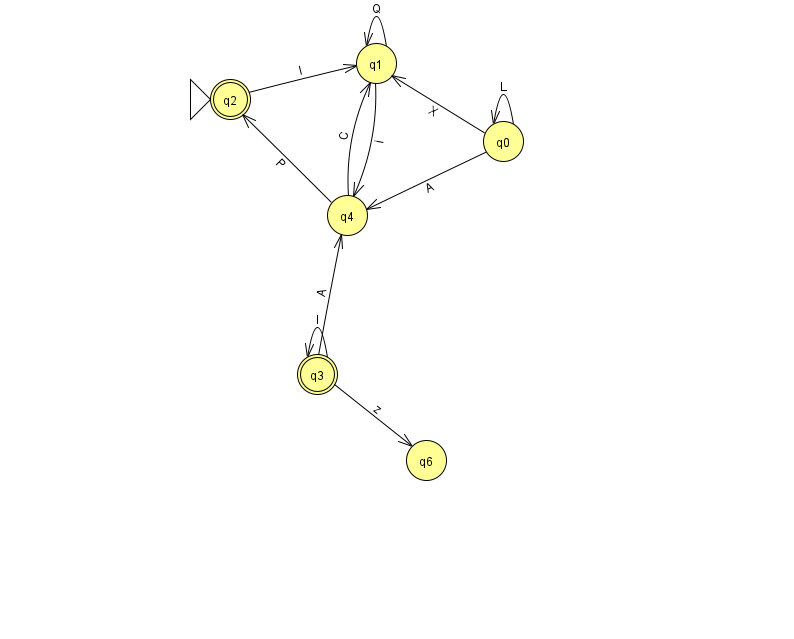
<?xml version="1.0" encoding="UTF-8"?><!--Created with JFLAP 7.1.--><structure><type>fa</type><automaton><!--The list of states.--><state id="0" name="q0"><x>503.0</x><y>128.0</y></state><state id="1" name="q1"><x>376.0</x><y>50.0</y></state><state id="2" name="q2"><x>230.0</x><y>86.0</y><initial/><final/></state><state id="3" name="q3"><x>317.0</x><y>361.0</y><final/></state><state id="4" name="q4"><x>347.0</x><y>202.0</y></state><state id="6" name="q6"><x>426.0</x><y>447.0</y></state><!--The list of transitions.--><transition><from>1</from><to>1</to><read>Q</read></transition><transition><from>2</from><to>1</to><read>I</read></transition><transition><from>3</from><to>4</to><read>A</read></transition><transition><from>1</from><to>4</to><read>i</read></transition><transition><from>4</from><to>2</to><read>P</read></transition><transition><from>3</from><to>6</to><read>z</read></transition><transition><from>0</from><to>4</to><read>A</read></transition><transition><from>0</from><to>0</to><read>L</read></transition><transition><from>3</from><to>3</to><read>l</read></transition><transition><from>0</from><to>1</to><read>X</read></transition><transition><from>4</from><to>1</to><read>C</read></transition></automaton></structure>